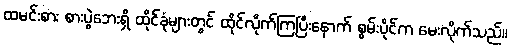
ထမင်းစား စားပွဲဘေးရှိ ထိုင်ခုံများတွင် ထိုင်လိုက်ကြပြီးနောက် စွမ်းပိုင်က မေးလိုက်သည်။